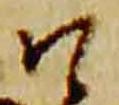
口